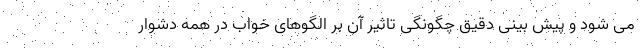
می شود و پیش بینی دقیق چگونگی تاثیر آن بر الگوهای خواب در همه دشوار